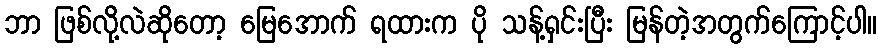
ဘာ ဖြစ်လို့လဲဆိုတော့ မြေအောက် ရထားက ပို သန့်ရှင်းပြီး မြန်တဲ့အတွက်ကြောင့်ပါ။